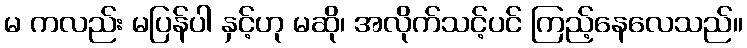
မ ကလည်း မပြန်ပါ နှင့်ဟု မဆို၊ အလိုက်သင့်ပင် ကြည့်နေလေသည်။